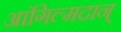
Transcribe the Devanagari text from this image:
आंगिल्मदान्